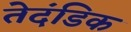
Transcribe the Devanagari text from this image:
तेदंडिक